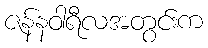
ဇန်နဝါရီလအတွင်းက